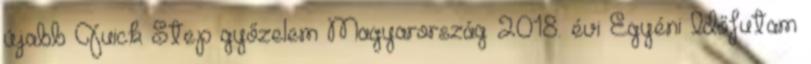
újabb Quick Step győzelem Magyarország 2018. évi Egyéni Időfutam